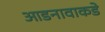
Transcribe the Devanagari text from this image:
आडनावाकडे